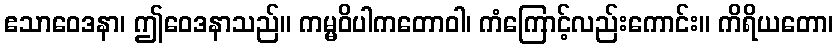
ဧသာဝေဒနာ၊ ဤဝေဒနာသည်။ ကမ္မဝိပါကတောဝါ၊ ကံကြောင့်လည်းကောင်း။ ကိရိယတော၊